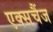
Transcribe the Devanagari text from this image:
एक्सचैंज